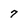
Character: 7